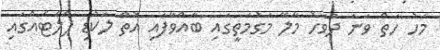
މަހު ހަތް ވަނަ ދުވަހު މާލޭ މަގުމަތީގައި ބާއްވާފައި އޮތް ލަކުޑި ޕެލެޓެއްގައި